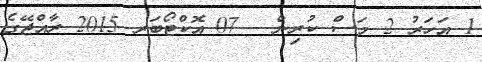
1 އަހަރު 2 މަސް ކުރިން - 07 އޮކްޓޯބަރ 2015 ރާއްޖޭގެ